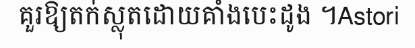
គួរឱ្យតក់ស្លុតដោយគាំងបេះដូង ។Astori